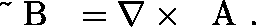
\ensuremath { \mathrm { ~ \boldmath ~ \tilde { ~ } { ~ B ~ } ~ } } = \nabla \times \ensuremath { \mathrm { ~ \boldmath ~ A ~ } } .